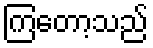
ကြတော့သည်